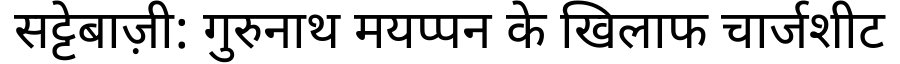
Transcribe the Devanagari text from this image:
सट्टेबाज़ी: गुरुनाथ मयप्पन के खिलाफ चार्जशीट